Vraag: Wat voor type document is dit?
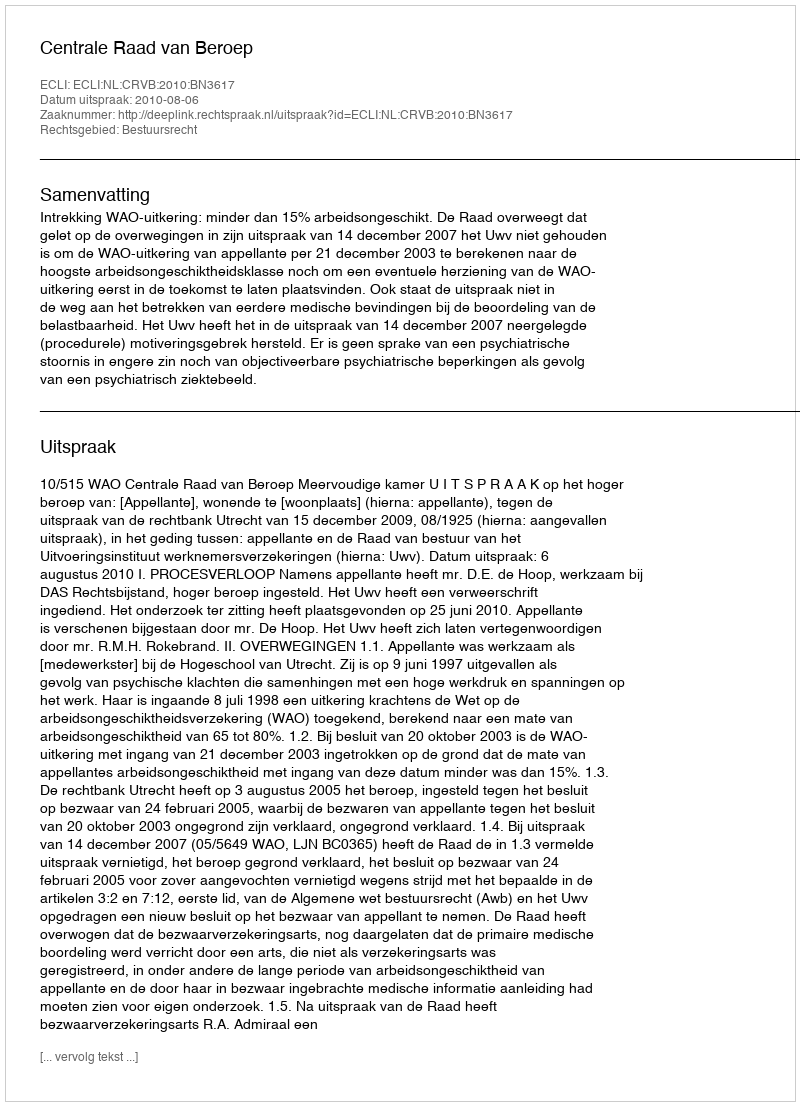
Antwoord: Uitspraak